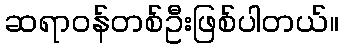
ဆရာဝန်တစ်ဦးဖြစ်ပါတယ်။